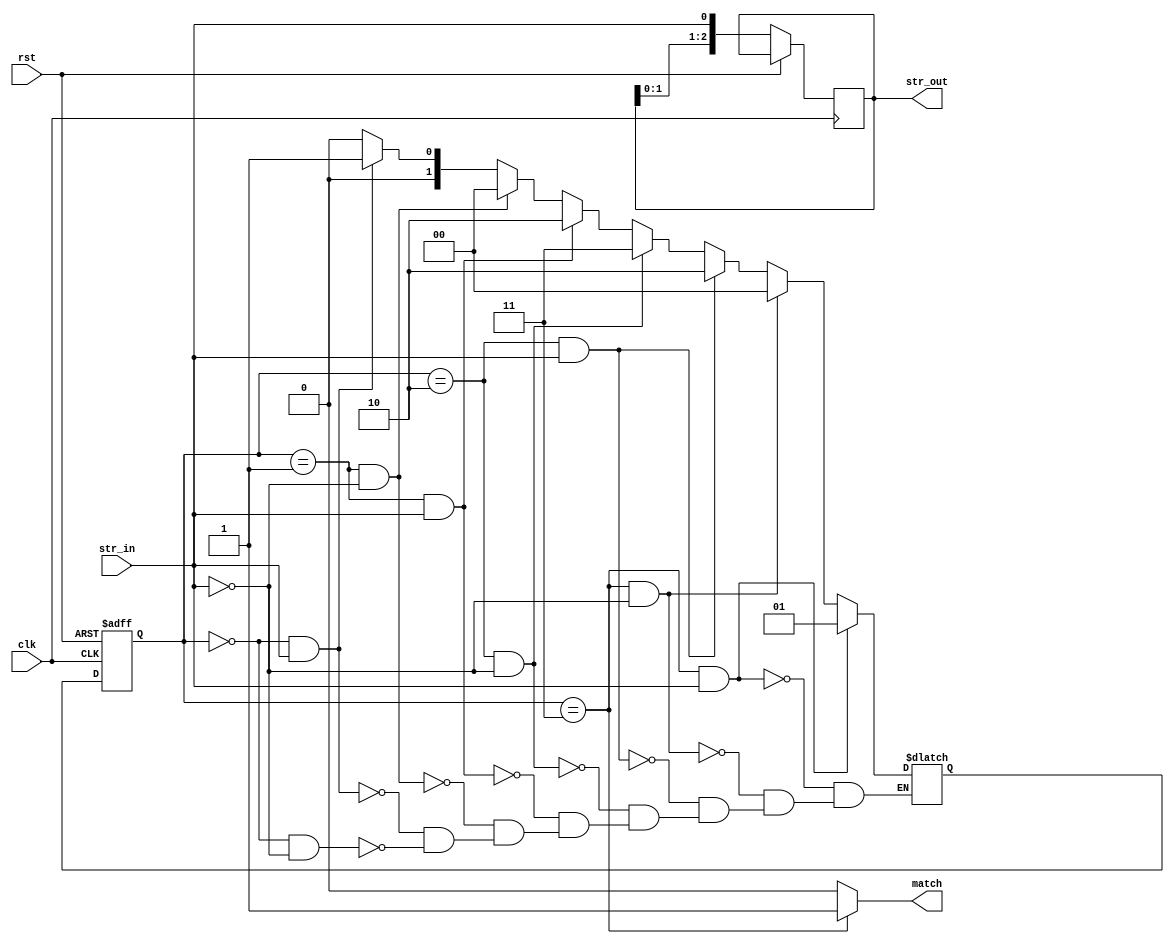
module lab5 (str_out, match, rst, str_in, clk);
	input clk, rst, str_in ;
	output [2:0]str_out;
	output match;
	
	reg [2:0]str_out;
	reg [1:0]current_state, next_state;
	reg match;
	
	parameter [1:0]s0=2'b00, s1=2'b01, s2=2'b10, s3=2'b11;

	always@ (posedge clk or posedge rst)begin
		if(rst) current_state <= s0;
		else begin
			current_state<=next_state;
			str_out[0]<=str_in;
			str_out[1]<=str_out[0];
			str_out[2]<=str_out[1];
		end
	end
	
	always@ (current_state or str_in)begin	
			if(current_state==s0 && str_in==0)next_state=s0;
			if(current_state==s0 && str_in==1)next_state=s1;
			
			if(current_state==s1 && str_in==0)next_state=s0;
			if(current_state==s1 && str_in==1)next_state=s2;
			
			if(current_state==s2 && str_in==0)next_state=s3;
			if(current_state==s2 && str_in==1)next_state=s2;
			
			if(current_state==s3 && str_in==0)next_state=s0;
			if(current_state==s3 && str_in==1)next_state=s1;
	end
		
	always@ (current_state)begin
		if(current_state==s3)match=1;
		else match=0;
	end
endmodule